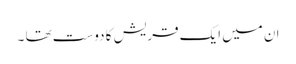
ان میں ایک قریش کا دوست تھا ۔